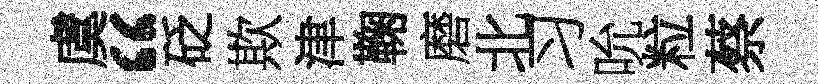
虞“砭欺津鞠磨北习吮粒蔡